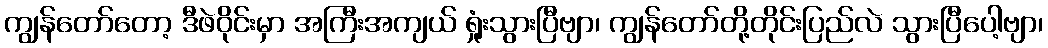
ကျွန်တော်တော့ ဒီဖဲဝိုင်းမှာ အကြီးအကျယ် ရှုံးသွားပြီဗျာ၊ ကျွန်တော်တို့တိုင်းပြည်လဲ သွားပြီပေါ့ဗျာ၊